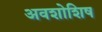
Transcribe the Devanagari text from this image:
अवशोशिष